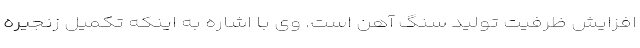
افزایش ظرفیت تولید سنگ آهن است. وی با اشاره به اینکه تکمیل زنجیره